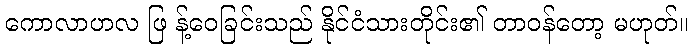
ကောလာဟလ ဖြ န့်ဝေခြင်းသည် နိုင်ငံသားတိုင်း၏ တာဝန်တော့ မဟုတ်။